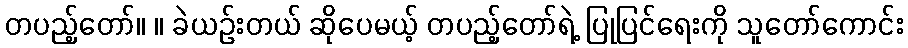
တပည့်တော်။ ။ ခဲယဉ်းတယ် ဆိုပေမယ့် တပည့်တော်ရဲ့ ပြုပြင်ရေးကို သူတော်ကောင်း